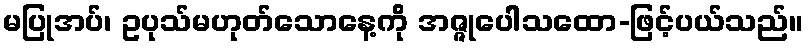
မပြုအပ်၊ ဥပုသ်မဟုတ်သောနေ့ကို အဇ္ဇုပေါသထော-ဖြင့်ပယ်သည်။